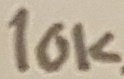
Text: 10KΩ